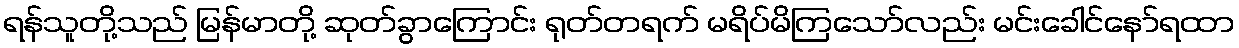
ရန်သူတို့သည် မြန်မာတို့ ဆုတ်ခွာကြောင်း ရုတ်တရက် မရိပ်မိကြသော်လည်း မင်းခေါင်နော်ရထာ